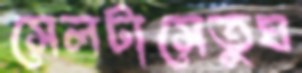
সেলটাসেতুঘ